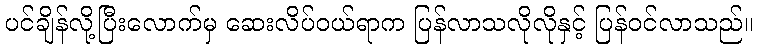
ပင်ချိန်လို့ပြီးလောက်မှ ဆေးလိပ်ဝယ်ရာက ပြန်လာသလိုလိုနှင့် ပြန်ဝင်လာသည်။